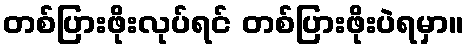
တစ်ပြားဖိုးလုပ်ရင် တစ်ပြားဖိုးပဲရမှာ။